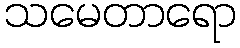
သမေတာရော